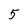
Character: 5